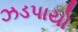
ઝડપાયો